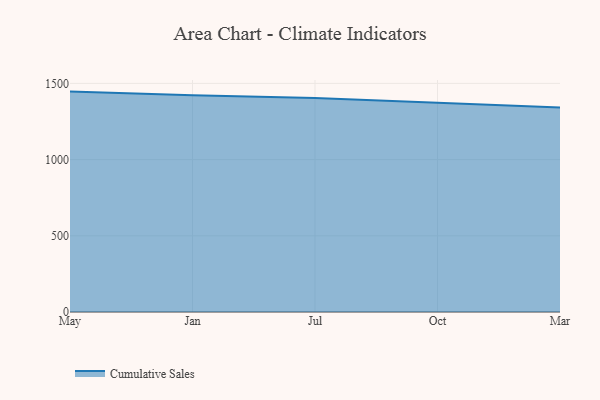
{"axis": {"x": "Month", "y": "Operating Costs (USD K)"}, "legend": ["Cumulative Sales"], "data": [{"x": "May", "y": 1446.2, "type": "Cumulative Sales"}, {"x": "Jan", "y": 1422.2, "type": "Cumulative Sales"}, {"x": "Jul", "y": 1403.5, "type": "Cumulative Sales"}, {"x": "Oct", "y": 1371.9, "type": "Cumulative Sales"}, {"x": "Mar", "y": 1341.8, "type": "Cumulative Sales"}]}